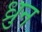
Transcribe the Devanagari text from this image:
ध्रुन